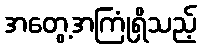
အတွေ့အကြုံရှိသည့်